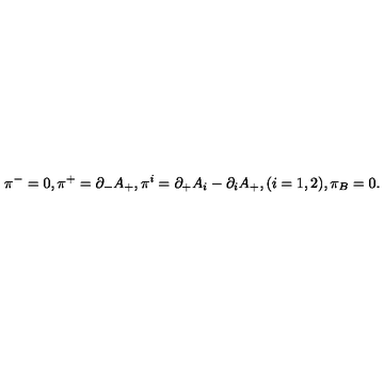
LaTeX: { \pi } ^ { - } = 0 , { \pi } ^ { + } = { \partial } _ { - } A _ { + } , { \pi } ^ { i } = { \partial } _ { + } A _ { i } - { \partial } _ { i } A _ { + } , ( i = 1 , 2 ) , { \pi } _ { B } = 0 .